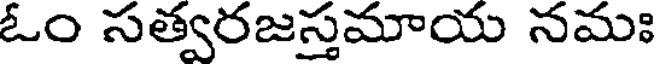
ఓం సత్వరజస్తమాయ నమః